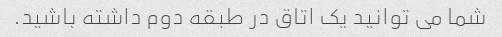
شما می توانید یک اتاق در طبقه دوم داشته باشید.